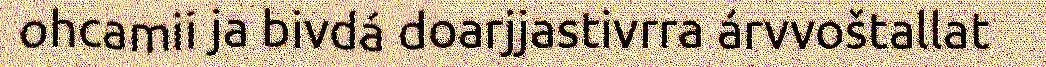
ohcamii ja bivdá doarjjastivrra árvvoštallat